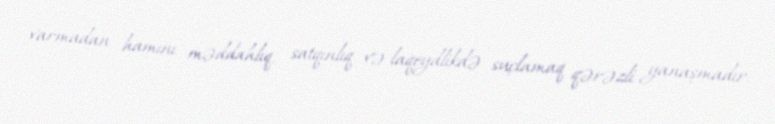
varmadan hamını məddahlıq, satqınlıq və laqeydlikdə suçlamaq qərəzli yanaşmadır.